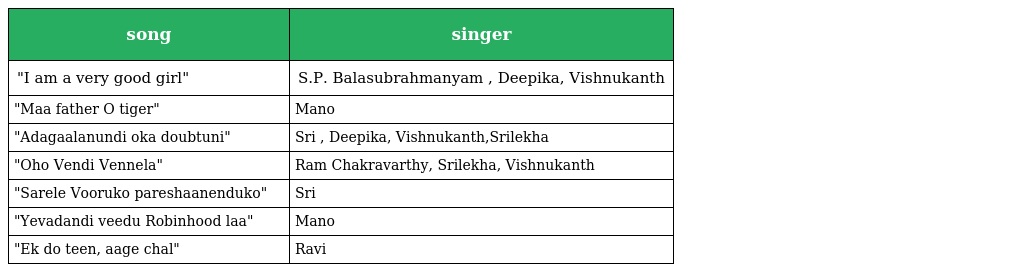
| song | singer |
 | --- | --- |
 | "I am a very good girl" | S.P. Balasubrahmanyam , Deepika, Vishnukanth |
 | "Maa father O tiger" | Mano |
 | "Adagaalanundi oka doubtuni" | Sri , Deepika, Vishnukanth,Srilekha |
 | "Oho Vendi Vennela" | Ram Chakravarthy, Srilekha, Vishnukanth |
 | "Sarele Vooruko pareshaanenduko" | Sri |
 | "Yevadandi veedu Robinhood laa" | Mano |
 | "Ek do teen, aage chal" | Ravi |